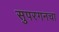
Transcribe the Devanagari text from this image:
सुपरगनचा